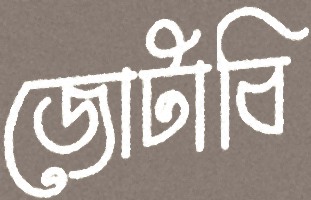
জোটাবি